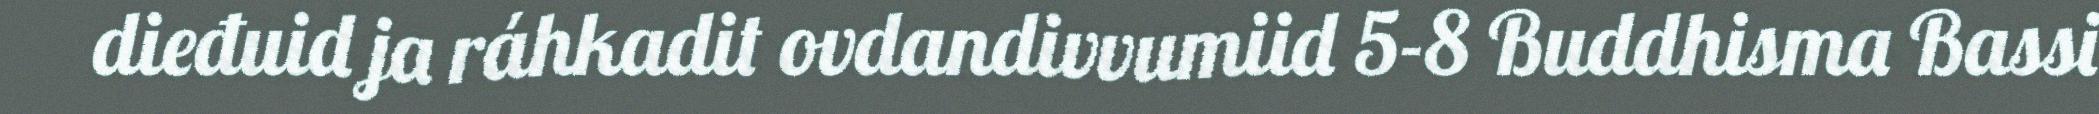
dieđuid ja ráhkadit ovdandivvumiid 5-8 Buddhisma Bassi